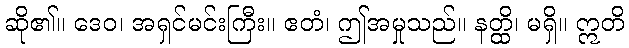
ဆို၏။ ဒေဝ၊ အရှင်မင်းကြီး။ ဧတံ၊ ဤအမှုသည်။ နတ္ထိ၊ မရှိ။ ဣတိ